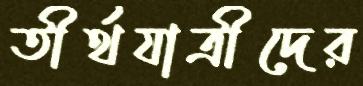
তীর্থযাত্রীদের